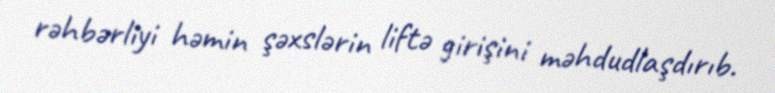
rəhbərliyi həmin şəxslərin liftə girişini məhdudlaşdırıb.